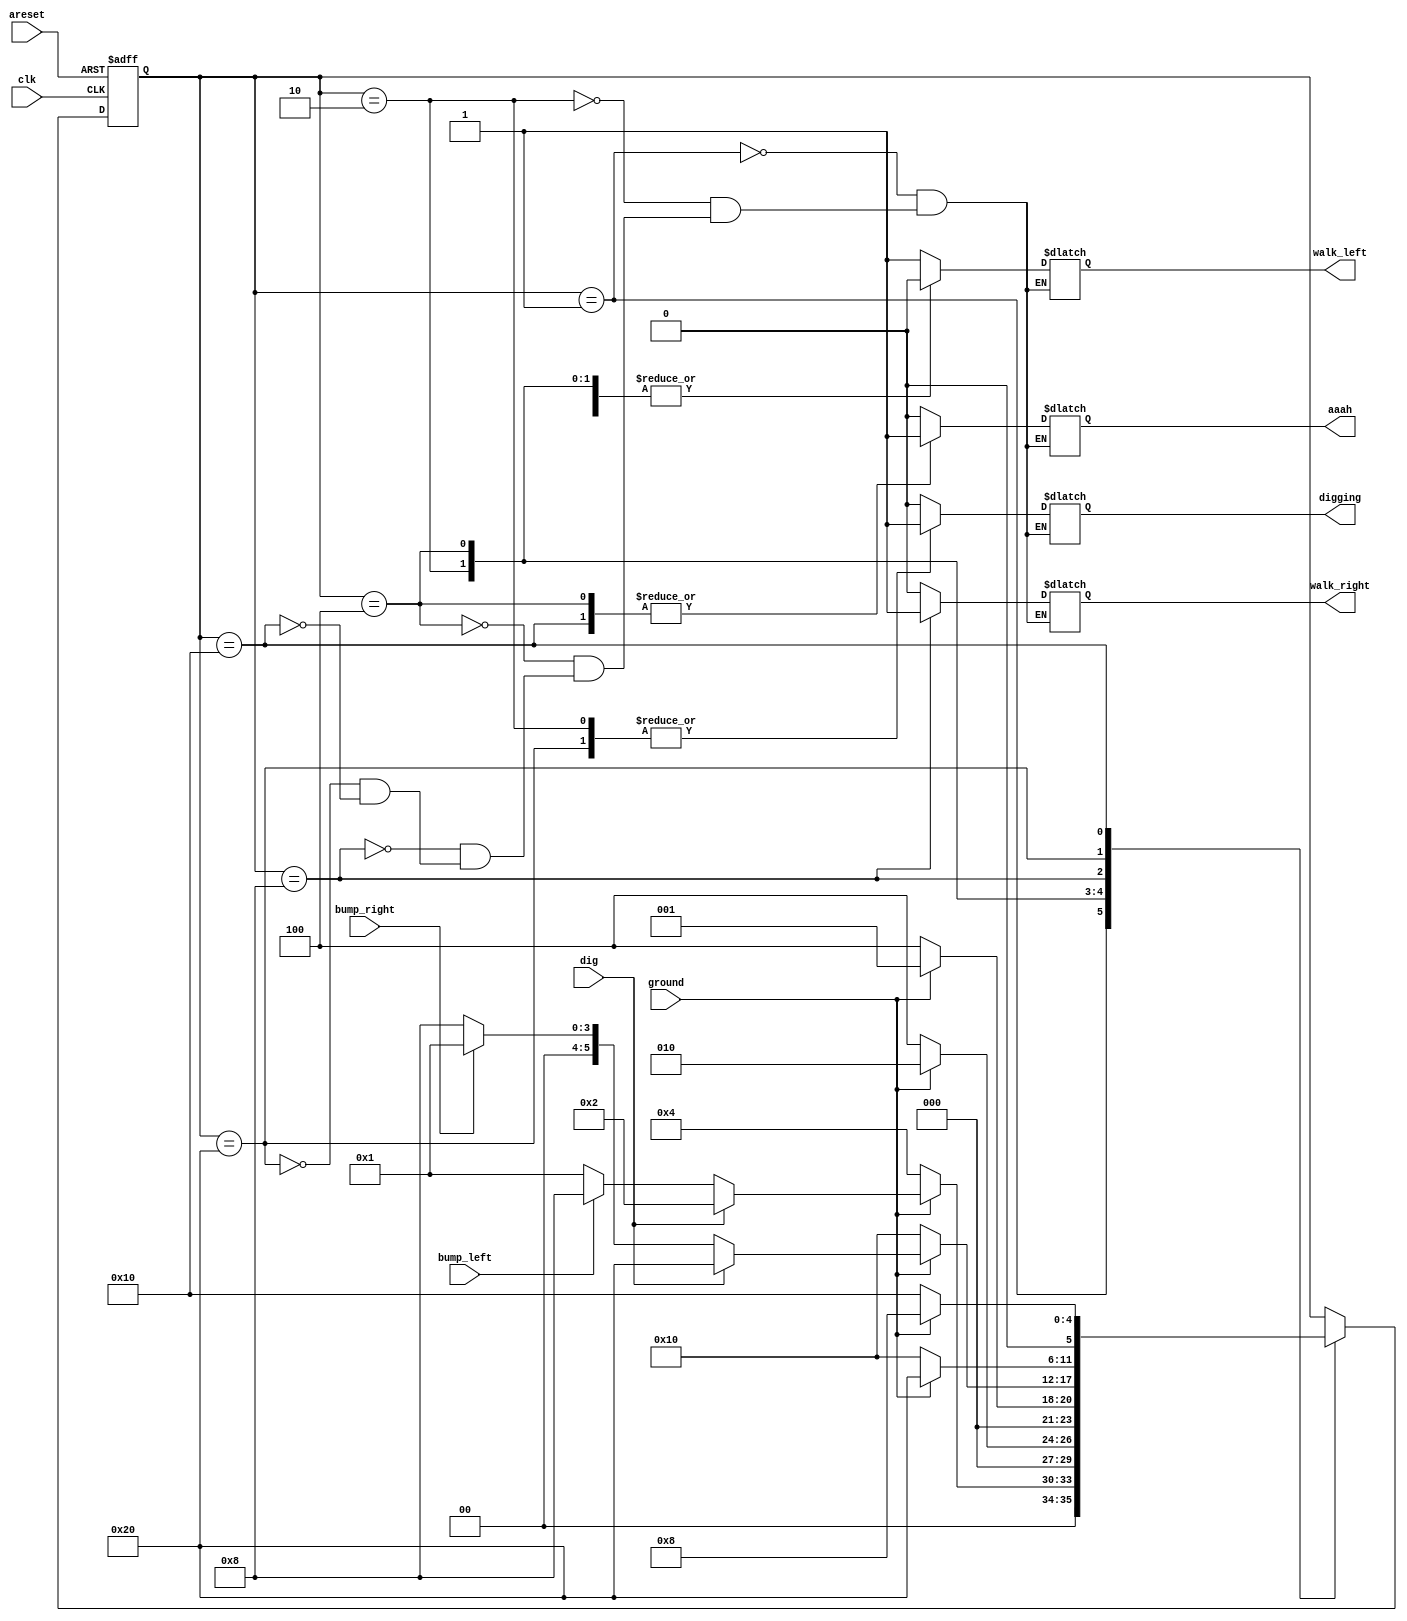
module top_module (
    input      clk,
    input      areset,      // Freshly brainwashed Lemmings walk left.
    input      bump_left,
    input      bump_right,
    input      ground,
    input      dig,
    output reg walk_left,
    output reg walk_right,
    output reg aaah,
    output reg digging
);

  parameter reg [5:0] LEFT = 6'b000001;
  parameter reg [5:0] DIG_L = 6'b000010;
  parameter reg [5:0] FALL_L = 6'b000100;
  parameter reg [5:0] RIGHT = 6'b001000;
  parameter reg [5:0] FALL_R = 6'b010000;
  parameter reg [5:0] DIG_R = 6'b100000;

  reg [5:0] state;
  reg [5:0] next_state;

  always @(*) begin
    case (state)
      LEFT: begin
        if (ground == 1'b0) next_state = FALL_L;
        else if (dig == 1'b1) next_state = DIG_L;
        else if (bump_left == 1'b1) next_state = RIGHT;
        else next_state = LEFT;
      end
      DIG_L: begin
        if (ground == 1'b1) next_state = DIG_L;
        else next_state = FALL_L;
      end
      FALL_L: begin
        if (ground == 1'b1) next_state = LEFT;
        else next_state = FALL_L;
      end
      RIGHT: begin
        if (ground == 1'b0) next_state = FALL_R;
        else if (dig == 1'b1) next_state = DIG_R;
        else if (bump_right == 1'b1) next_state = LEFT;
        else next_state = RIGHT;
      end
      DIG_R: begin
        if (ground == 1'b1) next_state = DIG_R;
        else next_state = FALL_R;
      end
      FALL_R: begin
        if (ground == 1'b1) next_state = RIGHT;
        else next_state = FALL_R;
      end
      default: next_state = state;
    endcase
  end

  always @(posedge clk or posedge areset) begin
    if (areset) begin
      state <= LEFT;
    end else begin
      state <= next_state;
    end
  end

  always @(*) begin
    case (state)
      LEFT: begin
        walk_left = 1'b1;
        walk_right = 1'b0;
        aaah = 1'b0;
        digging = 1'b0;
      end
      DIG_L: begin
        walk_left = 1'b0;
        walk_right = 1'b0;
        aaah = 1'b0;
        digging = 1'b1;
      end
      FALL_L: begin
        walk_left = 1'b0;
        walk_right = 1'b0;
        aaah = 1'b1;
        digging = 1'b0;
      end
      RIGHT: begin
        walk_left = 1'b0;
        walk_right = 1'b1;
        aaah = 1'b0;
        digging = 1'b0;
      end
      DIG_R: begin
        walk_left = 1'b0;
        walk_right = 1'b0;
        aaah = 1'b0;
        digging = 1'b1;
      end
      FALL_R: begin
        walk_left = 1'b0;
        walk_right = 1'b0;
        aaah = 1'b1;
        digging = 1'b0;
      end
    endcase

  end
endmodule